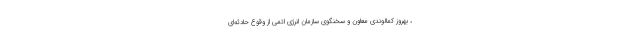
، بهروز کمالوندی معاون و سخنگوی سازمان انرژی اتمی از وقوع حادثه‌‌ای